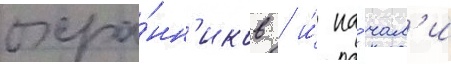
охра́нн'иков / и́ на́чал'и